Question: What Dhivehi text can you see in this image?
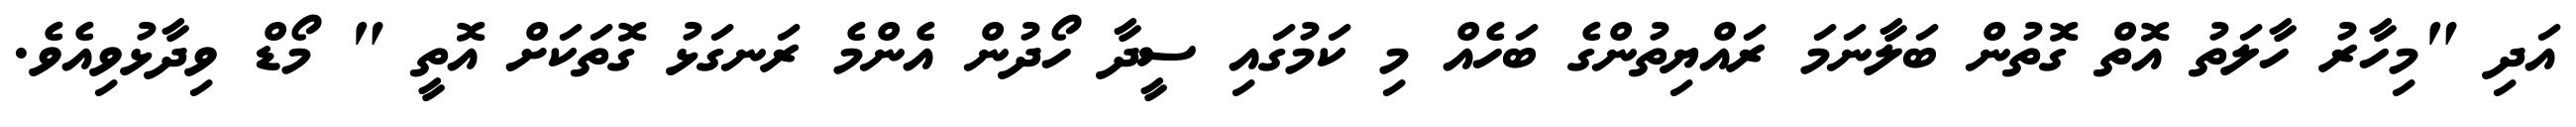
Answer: އަދި "މިހާރު ހާލަތު އޮތް ގޮތުން ބަލާނަމަ ރައްޔިތުންގެ ބަހެއް މި ކަމުގައި ސީދާ ހޯދުން އެންމެ ރަނގަޅު ގޮތަކަށް އޮތީ " މޯޑް ވިދާޅުވިއެވެ.